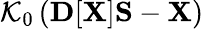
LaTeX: {\cal K}_{0}\left({\mathbf D}[{\mathbf X}]{\mathbf S}-{\mathbf X}\right)